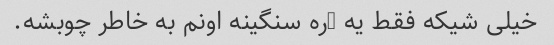
خیلی شیکه فقط یه ڌره سنگینه اونم به خاطر چوبشه.